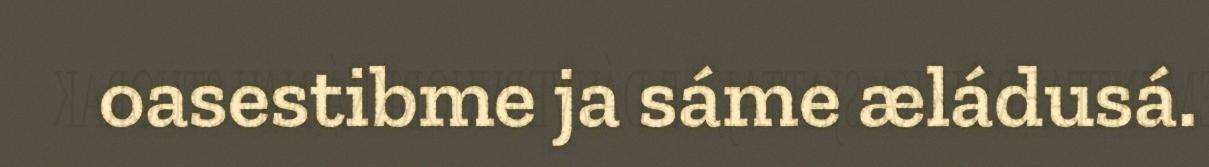
oasestibme ja sáme æládusá.